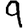
Digit: 9